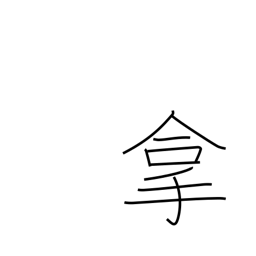
Meaning: catch